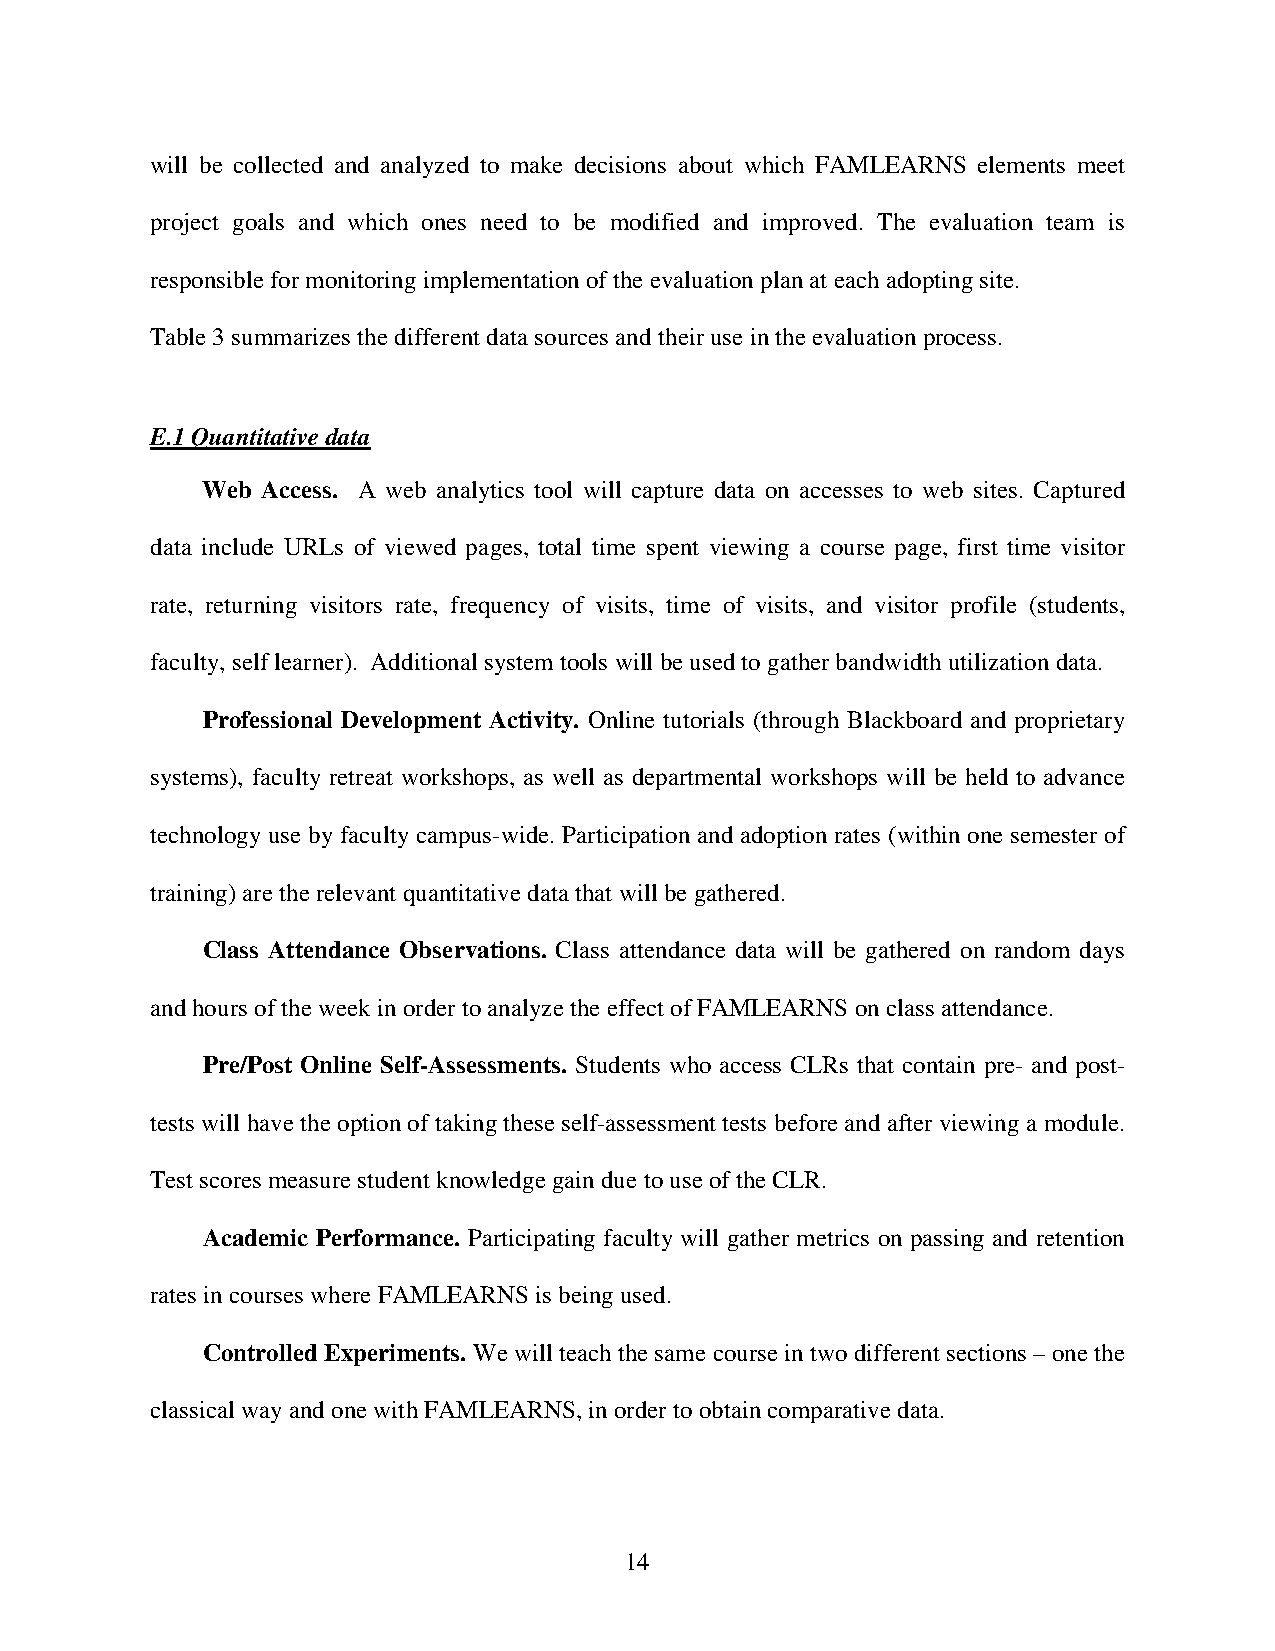
will be collected and analyzed to make decisions about which FAMLEARNS elements meet
 project goals and which ones need to be modified and improved. The evaluation team is
 responsible for monitoring implementation of the evaluation plan at each adopting site.
 Table 3 summarizes the different data sources and their use in the evaluation process.
 E.1 Quantitative data
 Web Access. A web analytics tool will capture data on accesses to web sites. Captured
 data include URLs of viewed pages, total time spent viewing a course page, first time visitor
 rate, returning visitors rate, frequency of visits, time of visits, and visitor profile (students,
 faculty, self learner). Additional system tools will be used to gather bandwidth utilization data.
 Professional Development Activity. Online tutorials (through Blackboard and proprietary
 systems), faculty retreat workshops, as well as departmental workshops will be held to advance
 technology use by faculty campus-wide. Participation and adoption rates (within one semester of
 training) are the relevant quantitative data that will be gathered.
 Class Attendance Observations. Class attendance data will be gathered on random days
 and hours of the week in order to analyze the effect of FAMLEARNS on class attendance.
 Pre/Post Online Self-Assessments. Students who access CLRs that contain pre- and post-
 tests will have the option of taking these self-assessment tests before and after viewing a module.
 Test scores measure student knowledge gain due to use of the CLR.
 Academic Performance. Participating faculty will gather metrics on passing and retention
 rates in courses where FAMLEARNS is being used.
 Controlled Experiments. We will teach the same course in two different sections – one the
 classical way and one with FAMLEARNS, in order to obtain comparative data.
 14